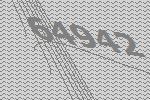
64942